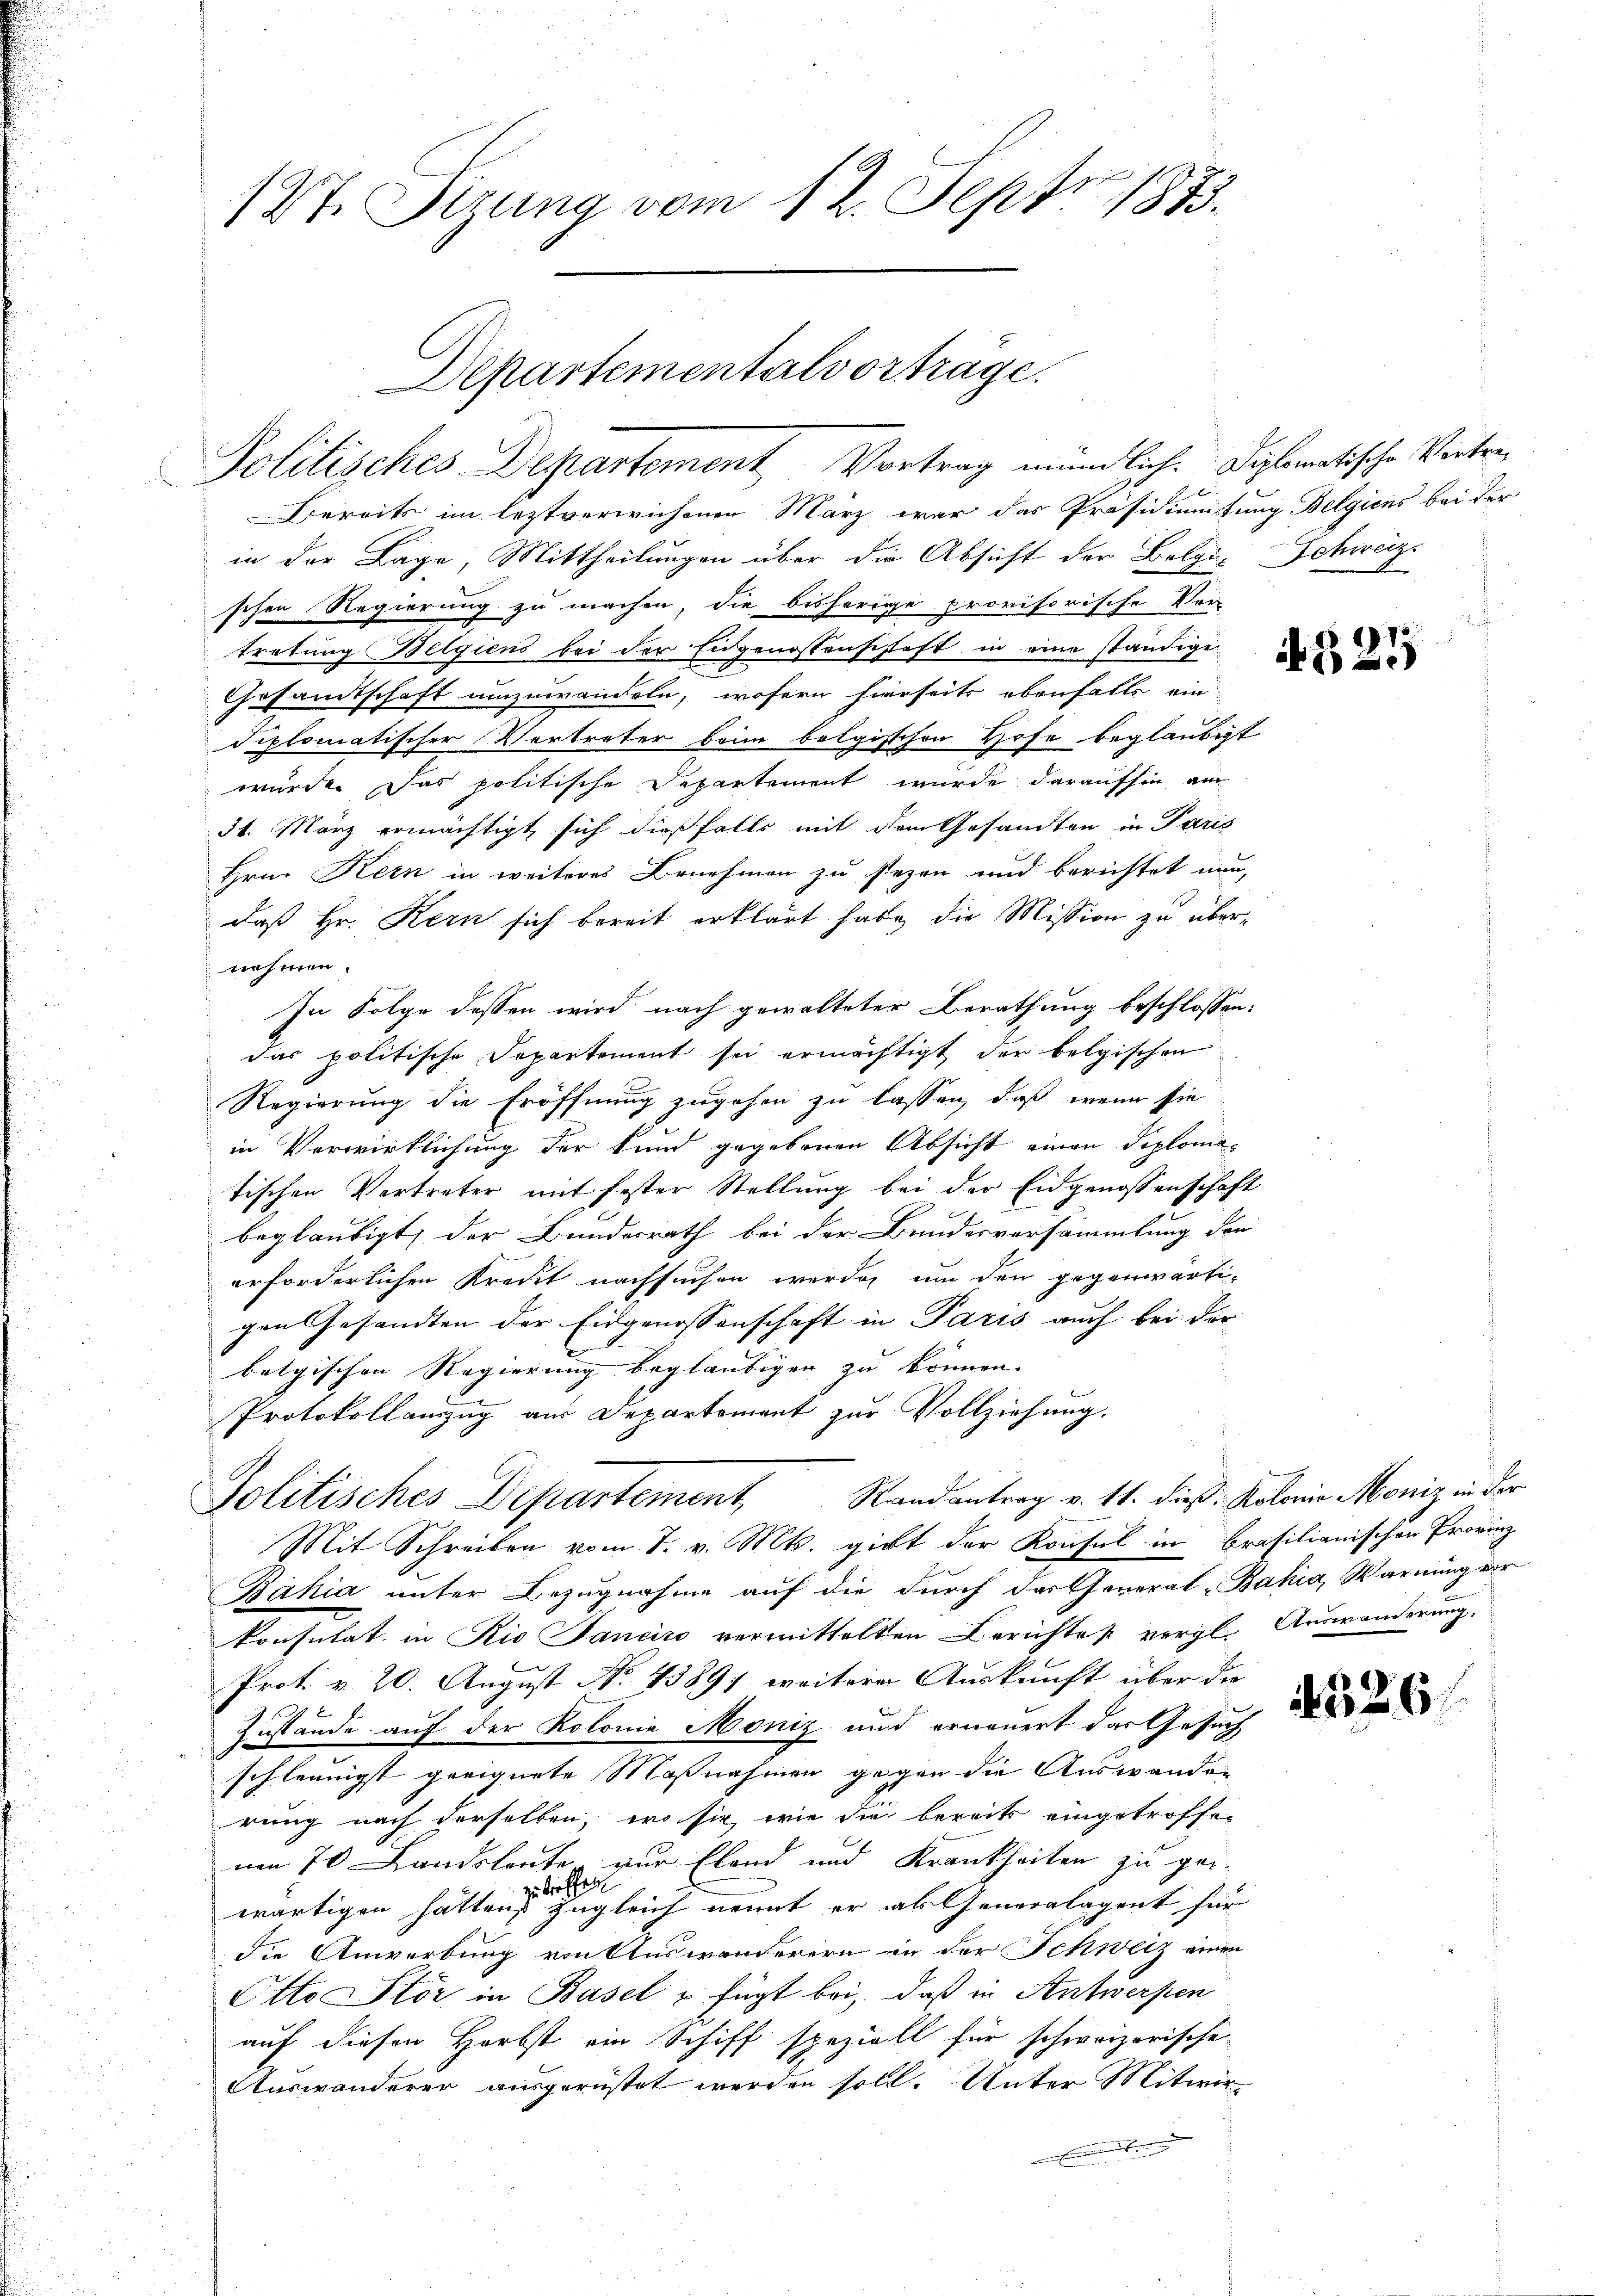
12t. Sizung vom 12. Sept 1873.

Departementalvortrage.
Politisches Departement Vortrag mündlich. Diplomatische Vortre¬

Bereits im leztverwichenen März war das Präsidiumtung Belgicus bei der
in der Lage, Mittheilungen über die Absicht der Belgi-Schweiz
schen Regierung zu machen, die bisherige provisorische Vor-
tretung Belgien bei der Eidgenossenschaft in eine ständige
Gesandtschaft umzuwandeln, wofern hierseits ebenfalls ein
diplomatischer Vertreter beim belgischen Hofe beglaubigt
wurde. Das politische Departement wurde daraufhin au
31. März ermächtigt, sich dießfalls mit dem Gesandten in Paris
Hrn. Kern in weiteres Benehmen zu stehen und berichtet nun,
daß Hr. Kern sich bereit erklärt habe, die Mission zu übernehmen.
In Folge dessen wird nach gewalteter Berathung beschlossen:
das politische Departement sei ermächtigt der belgischen
Regierung die Eröffnung zugehen zu lassen, daß wenn sie
in Verwirklichung der kund gegebenen Absicht einen Diplomatischen Vertreter mit fester Stellung bei der Eidgenossenschaft
beglaubigt, der Bundesrath bei der Bundesversammlung der
erforderlichen Kredit nachsuchen werde, um den gegenwärti-
gen Gesandten der Eidgenossenschaft in Paris auch bei der
belgischen Regierung beglaubigen zu können.
Protokollanzug aus Departement zur Vollziehung.
Politisches Departement, Randantrag v. 11. dieß: Koloria Moniz in der
Mit Schreiben vom 7. v. Mts. gibt der Konsul in Brasilianischen Provinz
Bahia unter Bezugnahme auf die durch das General-Bahia, Warnung vor
konsulat in Rio Sanciro vermittelten Berichtes vergl. Auswanderung
Prot. v. 20. August No. 43891 weitere Auskunft über die
Zustände auf der Kolonie Moniz und erneuert das Gesuch
schleunigst geeignete Maßnahmen gegen die Auswanden
rung nach derselben, wo sie wie die bereits eingetroffen
um 70 Landsleuten zur Elend und Krankheiten zu gewärtigen hätten zugleich nennt er als Generalagent für
die Anwerbung von Auswanderern in der Schweiz einen
Otto Stör in Basel u fügt bei, daß in Antwerpen
auf diesen Herbst ein Schiff speziell für schweizerische
Auswanderer ausgerüstet werden soll. Unter Mitwir¬
Erndten

324

326